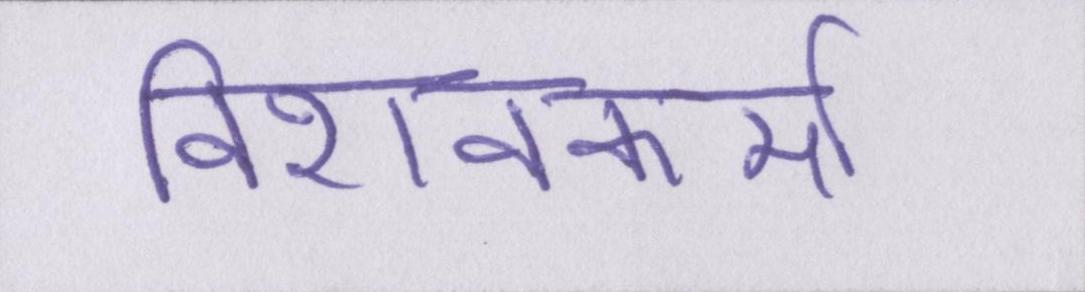
विशवकर्मा